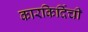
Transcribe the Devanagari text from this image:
कारकिर्दिची